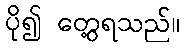
ပို၍ တွေ့ရသည်။